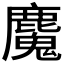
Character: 𮭺